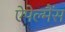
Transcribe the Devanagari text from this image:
ऐपेल्मैंस